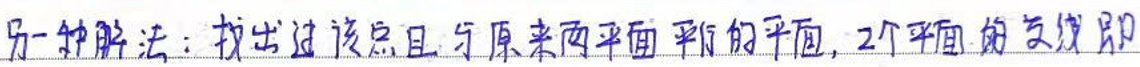
另一种解法：找出过该点且与原来两平面平行的平面，2个平面的交线即